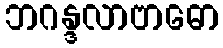
ဘဂန္ဒလာဗာဓော